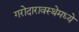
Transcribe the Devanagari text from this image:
गरोदारावस्थेमध्ये